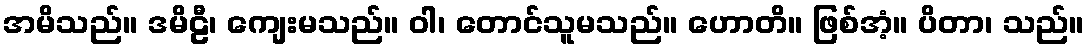
အမိသည်။ ဒမိဠီ၊ ကျေးမသည်။ ဝါ၊ တောင်သူမသည်။ ဟောတိ။ ဖြစ်အံ့။ ပိတာ၊ သည်။